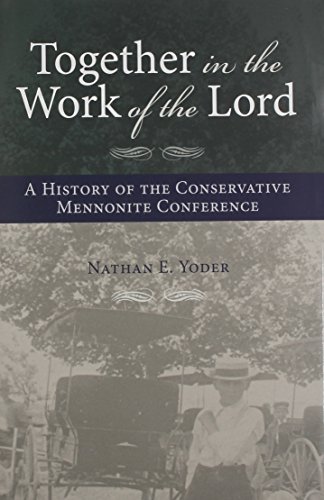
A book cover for Together in the Work of the Lord: A History of the Conservative Mennonite Conference; Nathan E. Yoder; Christian Books & Bibles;